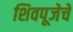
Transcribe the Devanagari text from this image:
शिवपूजेचे